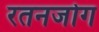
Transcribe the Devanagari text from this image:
रतनजोग